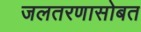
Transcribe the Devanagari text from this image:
जलतरणासोबत